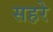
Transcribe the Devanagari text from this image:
सहरे